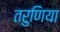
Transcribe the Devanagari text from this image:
तरुणिया